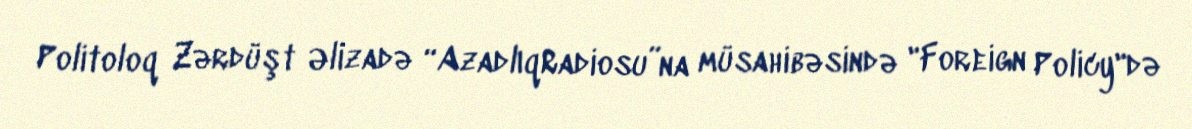
Politoloq Zərdüşt Əlizadə “AzadlıqRadiosu”na müsahibəsində "Foreign Policy"də